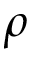
\rho